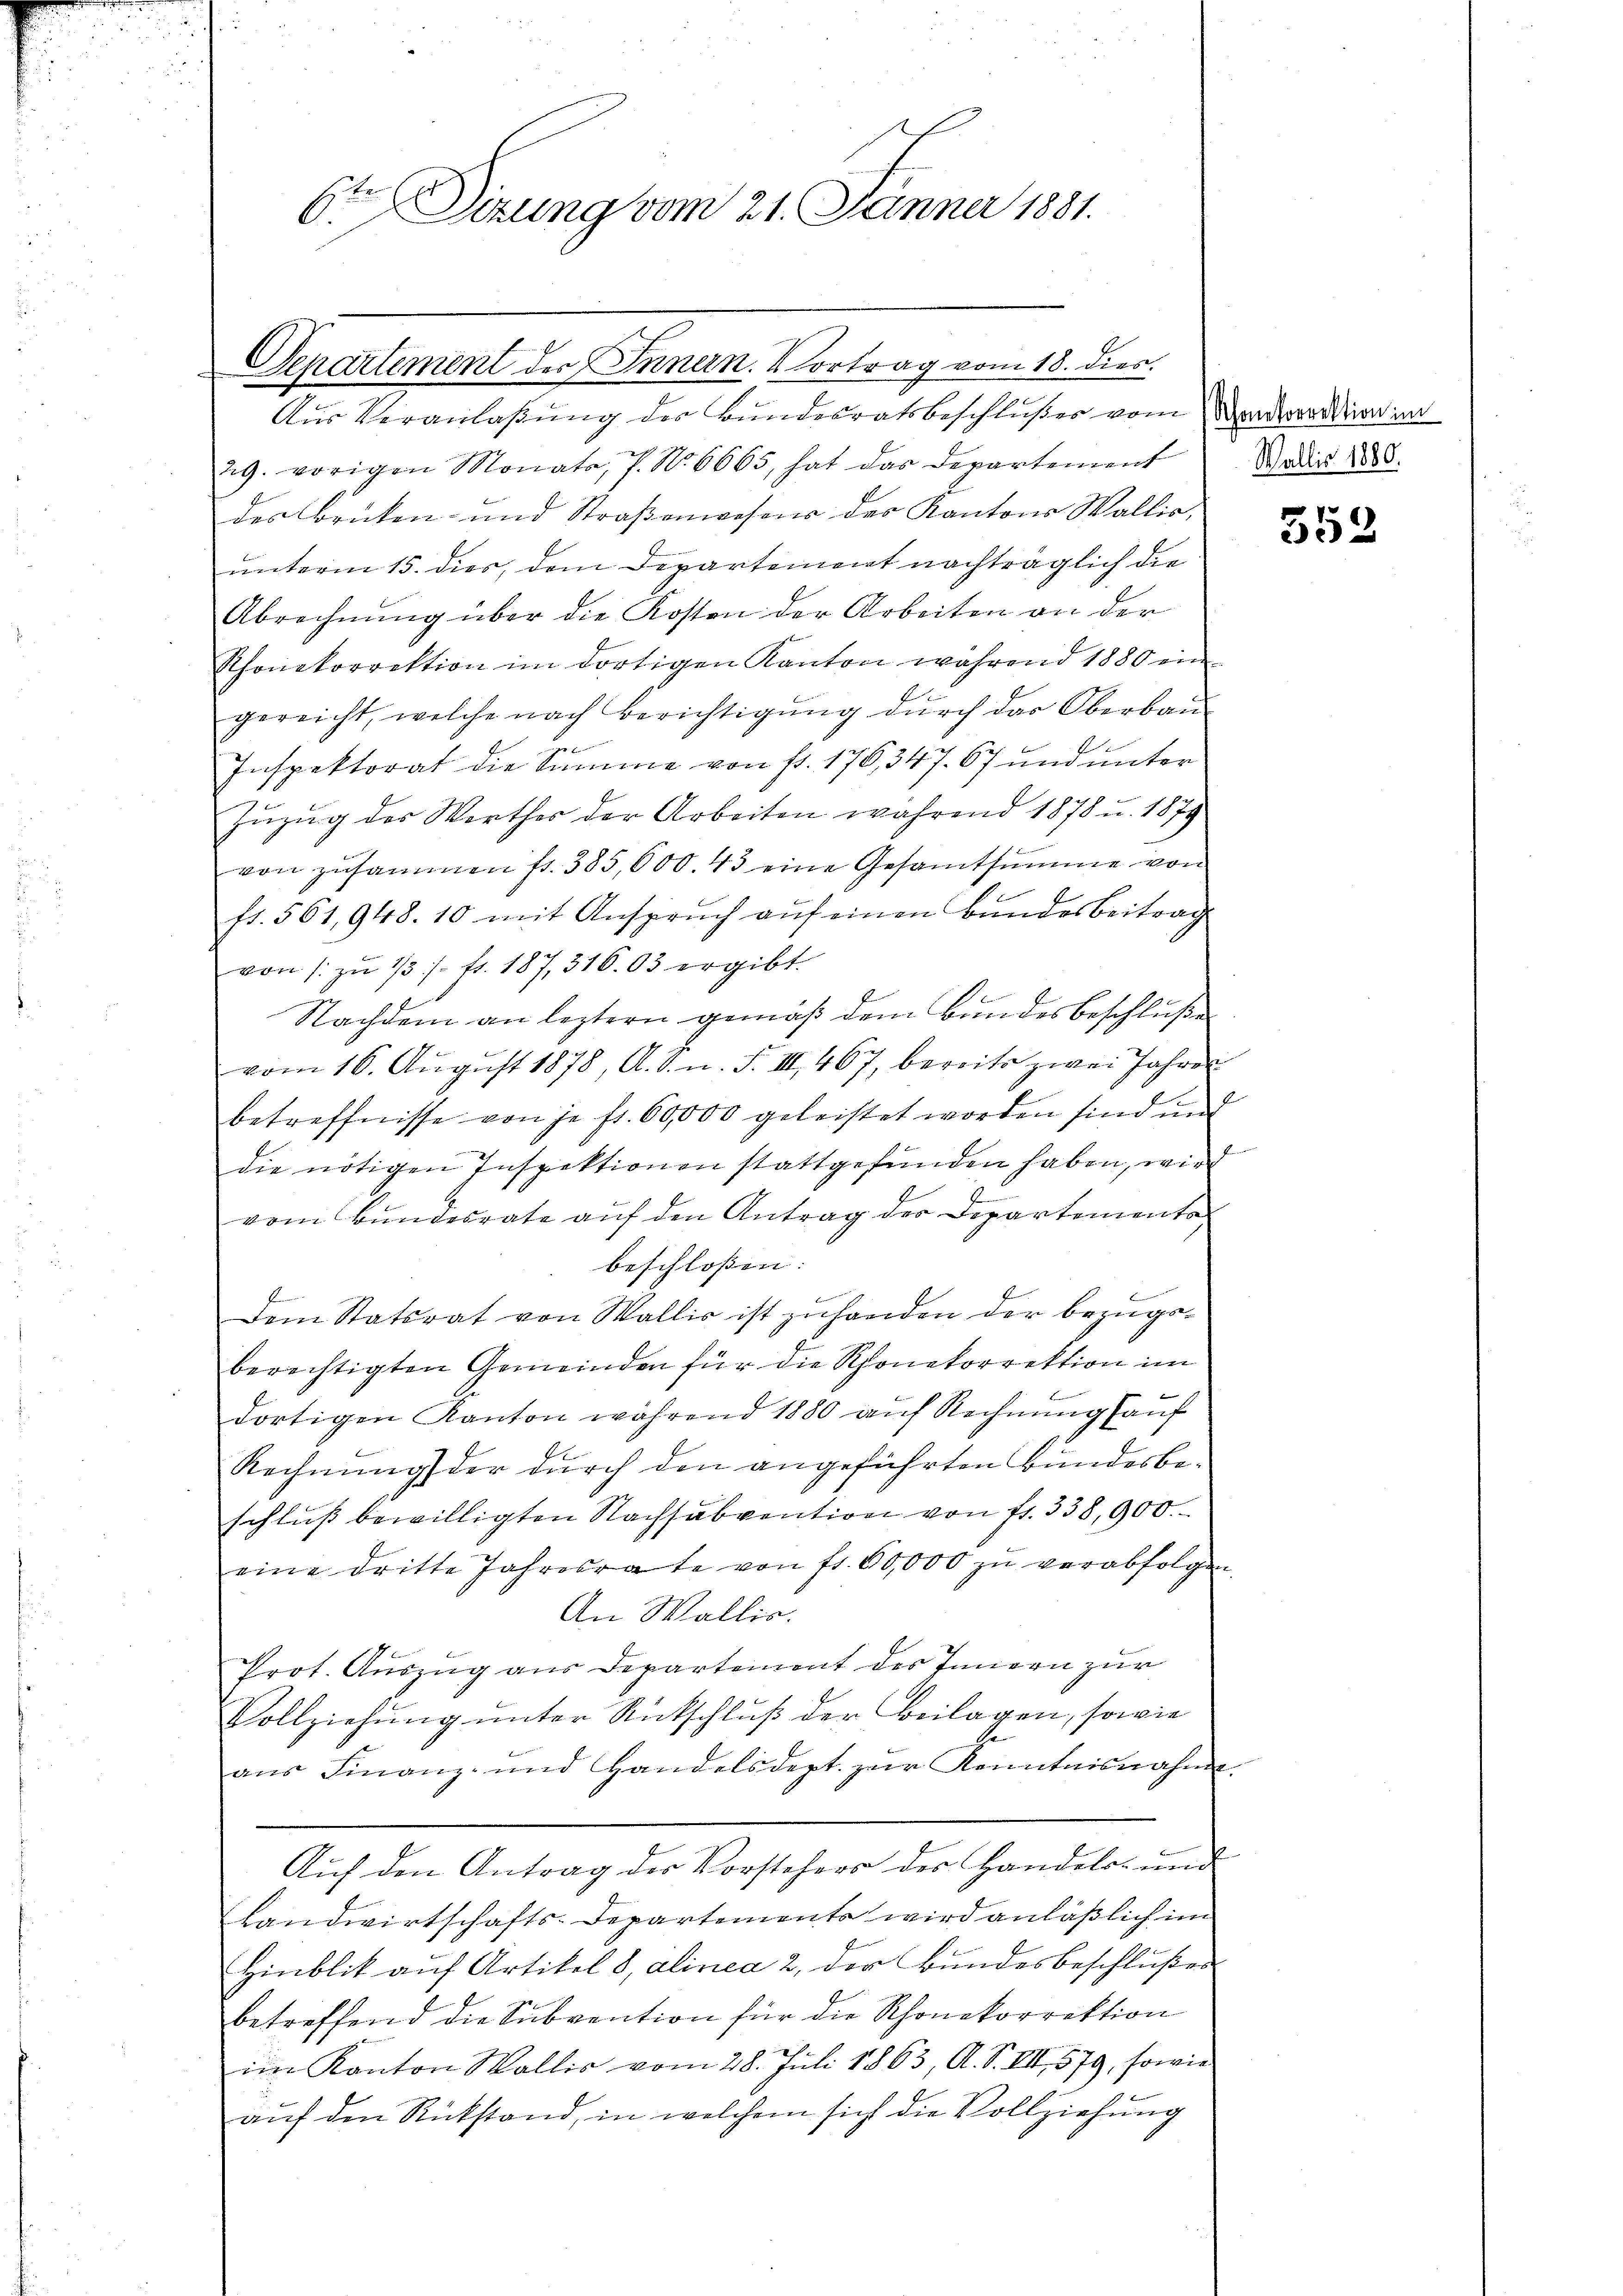
6te Dirung vom 21. Jänner 1881.

Separtement des Innern. Vortrag vom 18. dies.
Aus Veranlaßung des Bundesratsbeschlußes vom Monardien im

29. vorigen Monats, 7. No 6665, hat das Departement
desbrüken- und Straßenwesens des Kantons Wallis,
unterm 15. dies, dem Departement nachträglich die
Abrechnung über die Kosten der Arbeiten an der
Rhonekorrektion im dortigen Kanton während 1880 ein
gereicht, welche nach Berichtigŭng dŭrch das Oberbau-
Inspektorat die Summe von fr. 176, 347. 67 und unter
Zŭzŭg des Werthes der Arbeiten während 1878 u. 1879
von zusammen fr. 385,600. 43 eine Gesamtsumme von
fr. 561,948. 10 mit Ansprŭch aŭf einen Bŭndesbeitrag
von s. zŭ 1/3 /. fr. 187, 316.03 ergibt.
Nachdem an leztern gemäß dem Bundesbeschluße
vom 16. Aŭgŭst 1878, A. R. n. F. III 467, bereits zwei Jahres
betreffnisse von je fr. 60,000 geleistet worden sind und
die nötigen Inspektionen stattgefunden haben, wird
vom Bundesrate auf den Antrag der Departements
beschlossen:
Dem Statsrat von Wallis ist zuhanden der bezugs-
berechtigten Gemeinden für die Rhonekorrektion im

.
dortigen Kanton während 1880 auf Rechnung hauf
f
Rechnung der durch den angeführten Bundesbeschluß bewilligten Nachsubvention von fr. 338, 900.
eine dritte Jahresrate von fr. 60,000 zŭ verabfolgen.
An Wallis.
Prot. Auszug aus Departement des Innern zur
Vollziehung unter Rückschluß der Beilagen, sowie
aus Finanz- und Handelsdept. zur Kenntnisnahme.
Auf den Antrag der Vorstehers der Handels- und
Landwirtschafts-Departements wird anläßlich im
Hinblik auf Artikel 8, alinea 2. der Bundesbeschlußes
betreffend die Subvention für die Schonekorrektion
im Kanton Wallis vom 28. Juli 1863, A. S. VII., 579, sowie
auf den Rückstand, in welchem sich die Vollziehung

Wallis 1880.

552